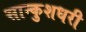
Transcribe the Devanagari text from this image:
सान्कुशधरी